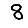
Digit: 8